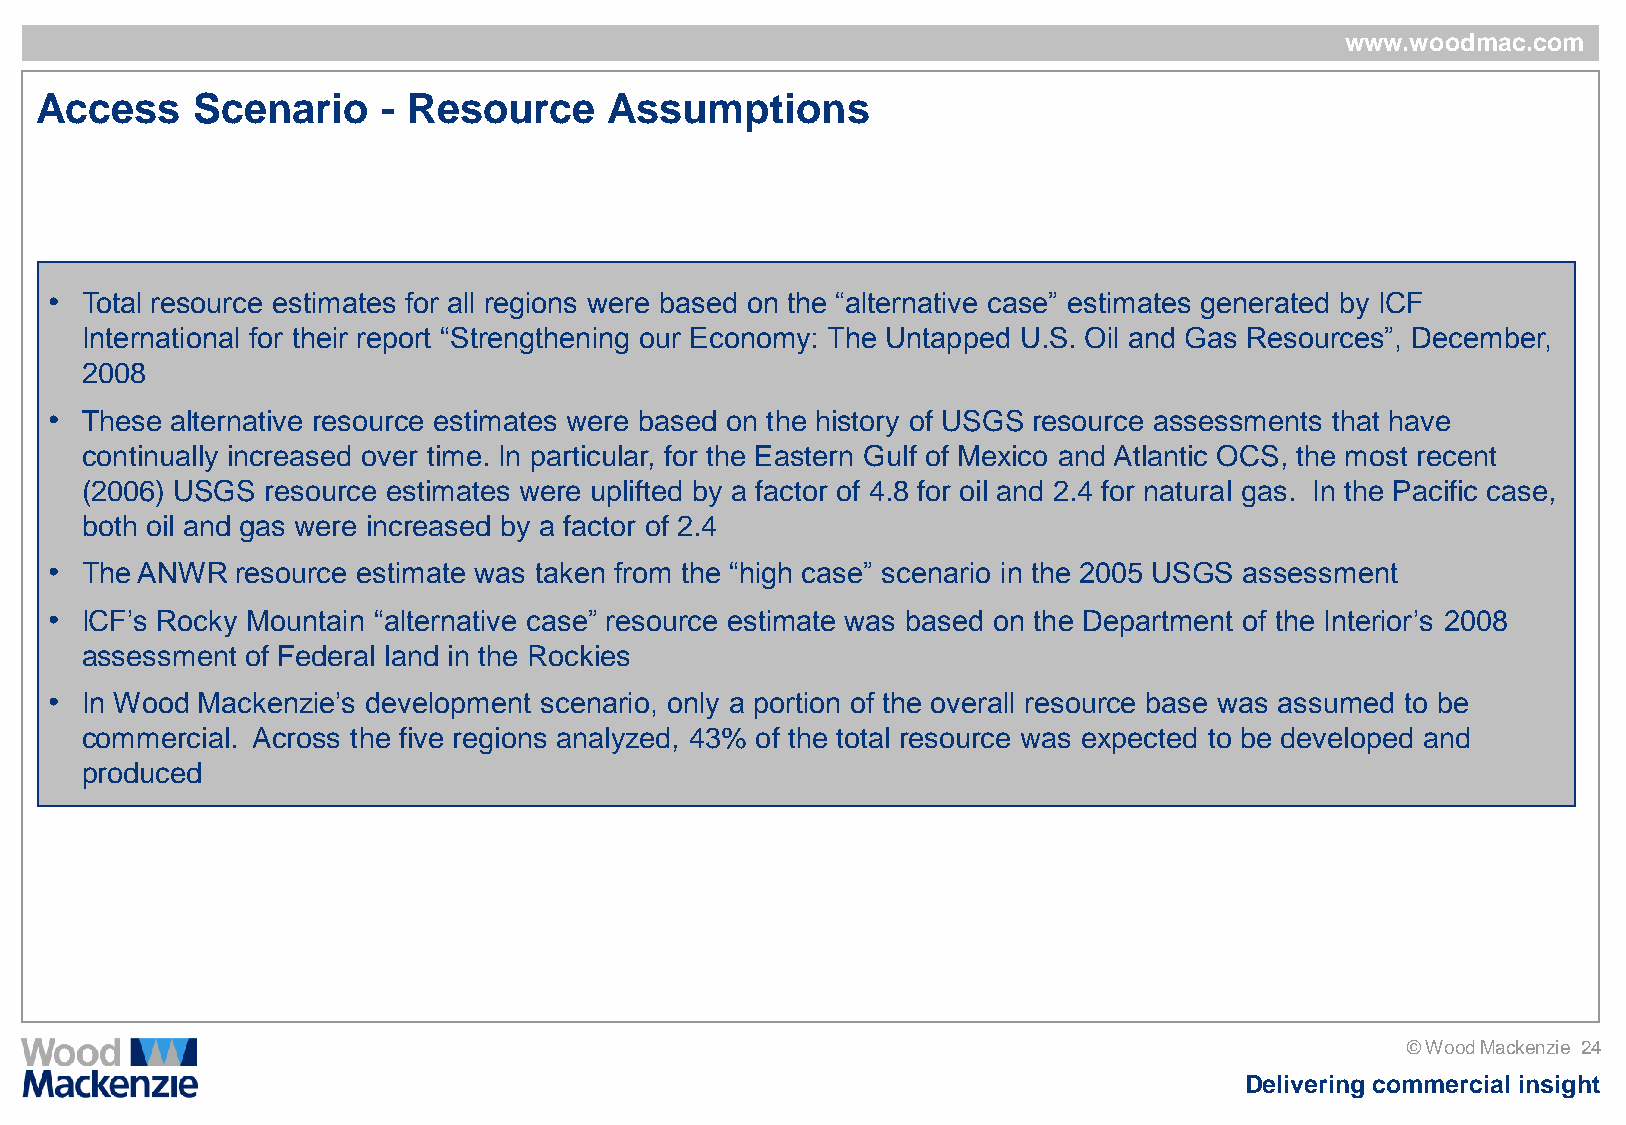
www.woodmac.com
 Access     Scenario    - Resource     Assumptions
 • Total resource estimates for all regions were based on the “alternative case” estimates generated by ICF
 International for their report “Strengthening our Economy: The Untapped U.S. Oil and Gas Resources”, December,
 2008
 • These alternative resource estimates were based on the history of USGS resource assessments that have
 continually increased over time. In particular, for the Eastern Gulf of Mexico and Atlantic OCS, the most recent
 (2006) USGS  resource estimates were uplifted by a factor of 4.8 for oil and 2.4 for natural gas. In the Pacific case,
 both oil and gas were increased by a factor of 2.4
 • The ANWR   resource estimate was taken from the “high case” scenario in the 2005 USGS assessment
 • ICF‟s Rocky Mountain “alternative case” resource estimate was based on the Department of the Interior‟s 2008
 assessment of Federal land in the Rockies
 • In Wood Mackenzie‟s development scenario, only a portion of the overall resource base was assumed to be
 commercial. Across the five regions analyzed, 43% of the total resource was expected to be developed and
 produced
 © Wood Mackenzie 24
 Delivering commercial insight